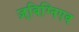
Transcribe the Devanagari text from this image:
ज़्बिग्निएव